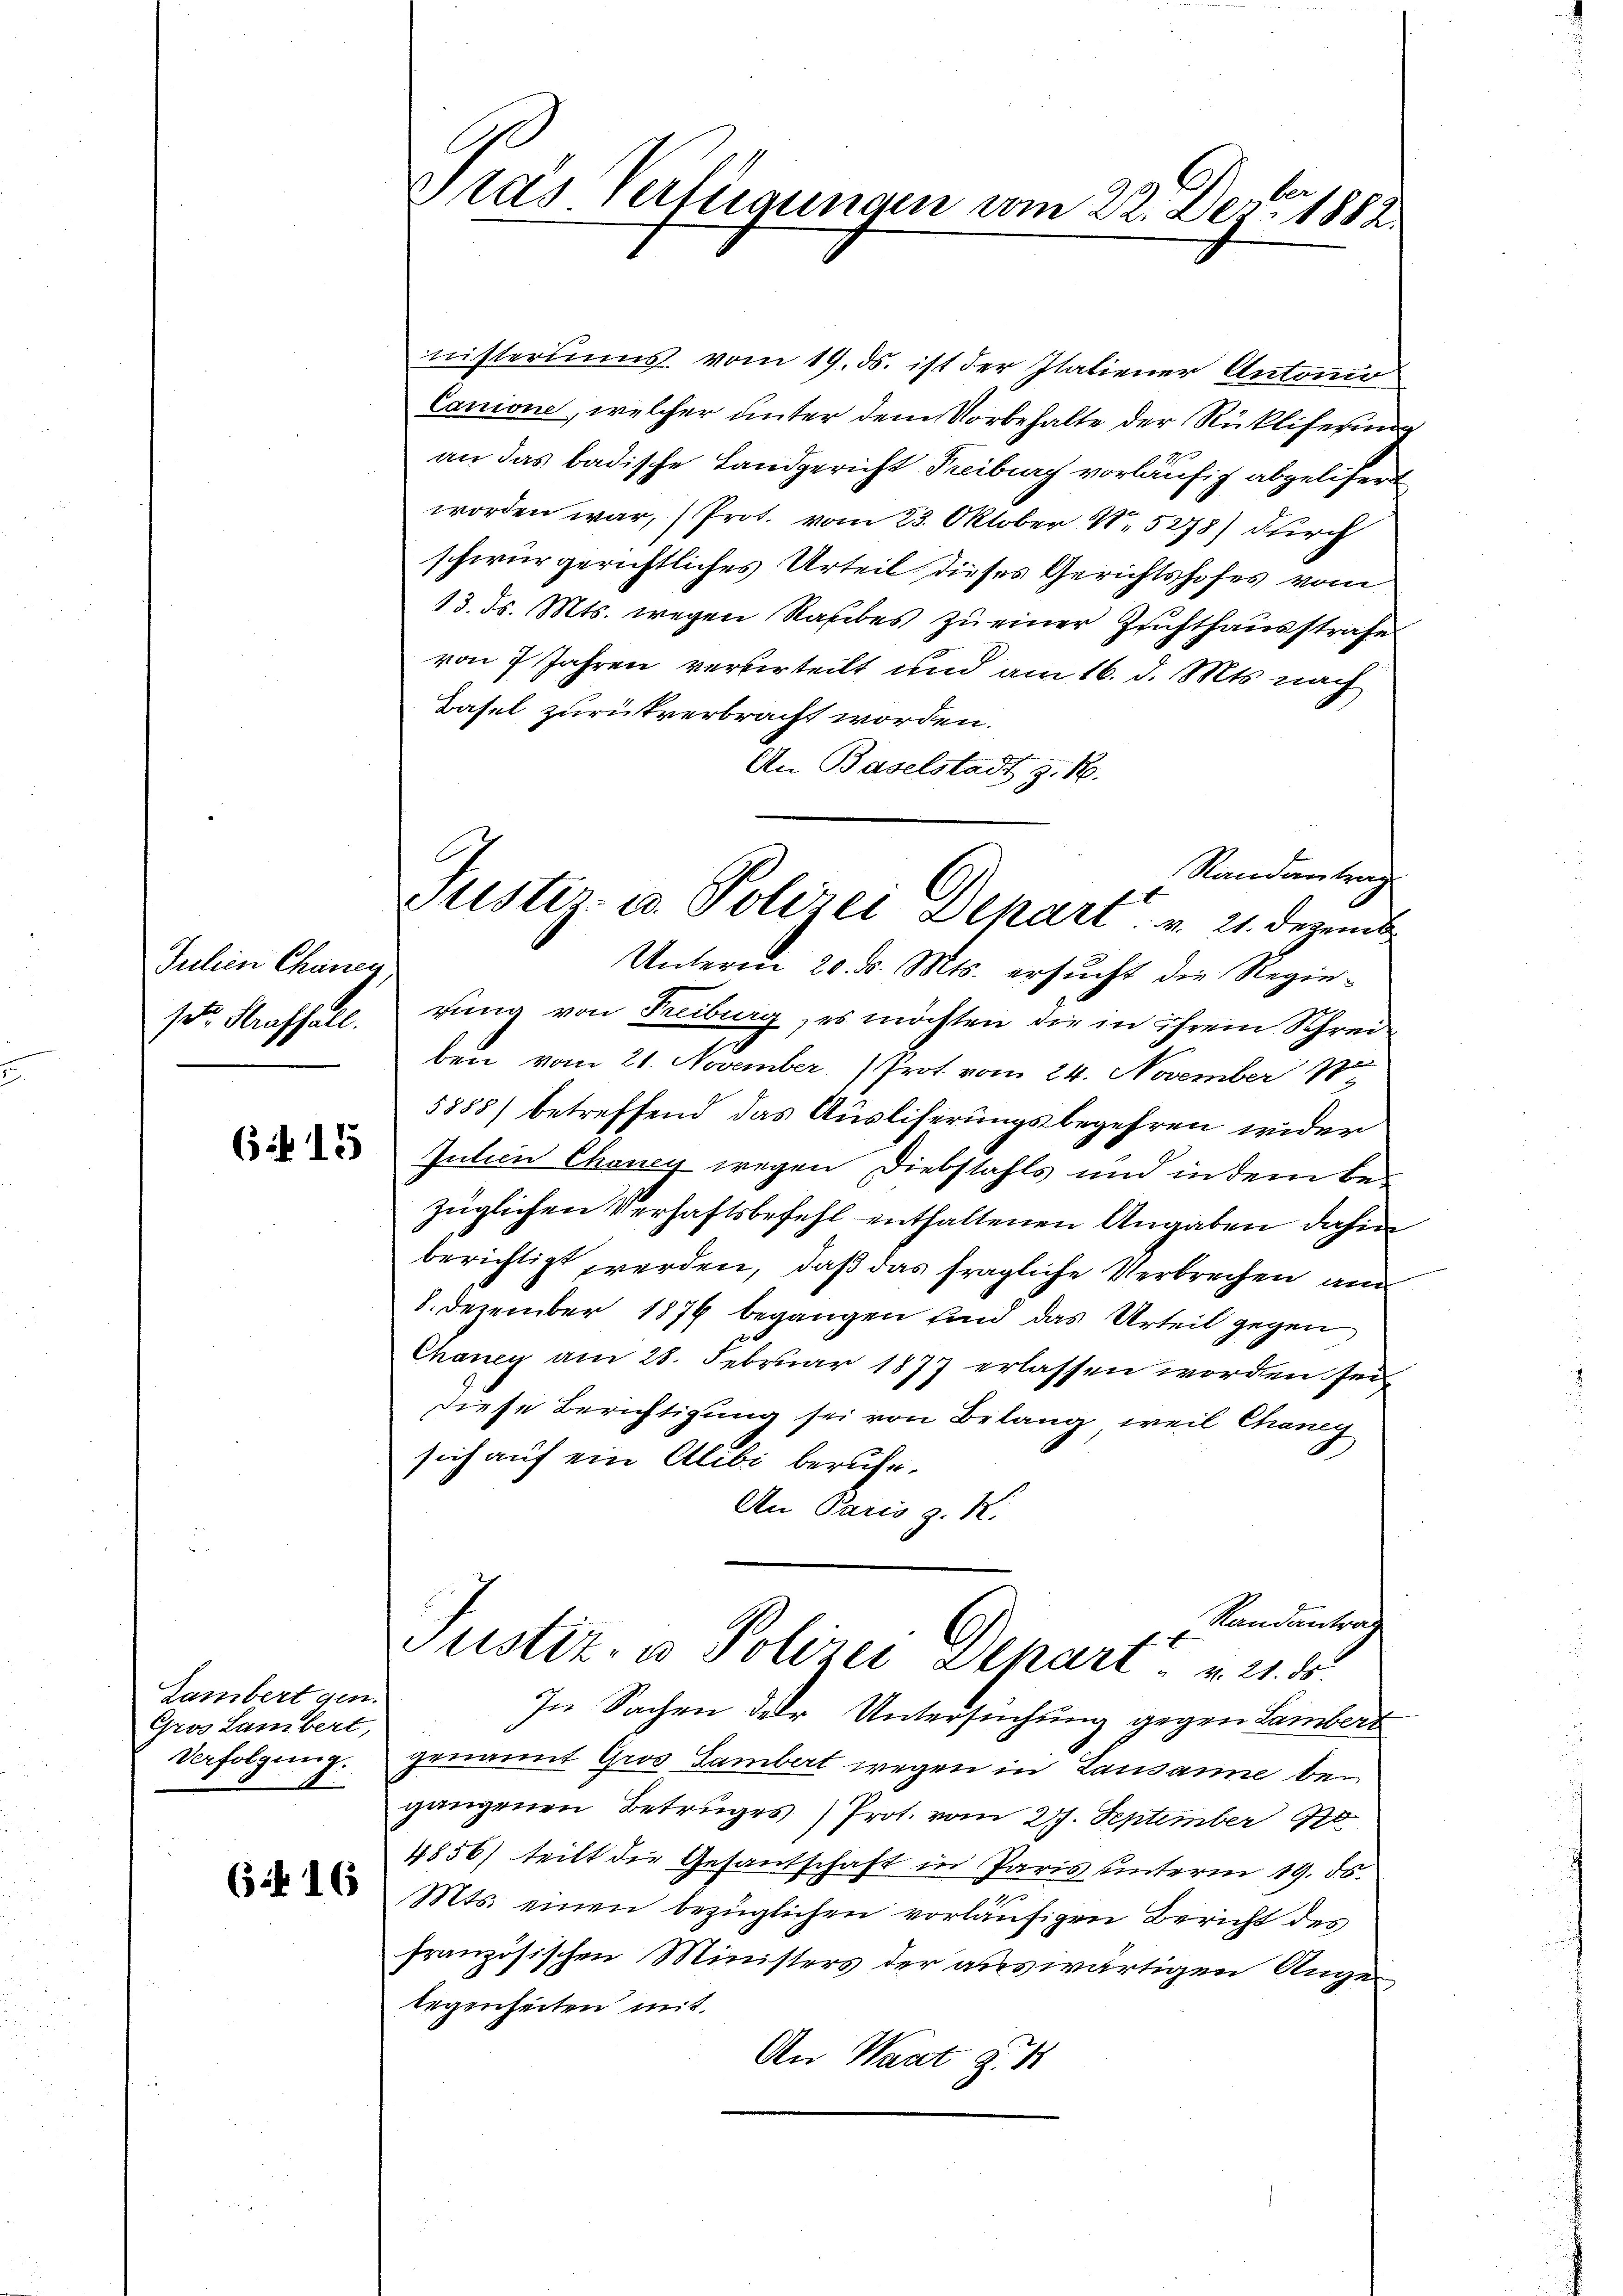
Julien Chanen
ste Straffall.

(i 15

Zambert gen.
Gros Lambert,
Verfolgung.

6416

Fras Vertraungen vom 22. Dez. 1882

nisteriums vom 19. ds. ist der Ilatiener Antonio
Canone, welcher unter dem Vorbehalte der Rückliferung
an das badische Landgericht Freiburg vorläufig abgelisert
worden war, (Prot. vom 23. Oktober N. 5278) durch
schwurgerichtliches Urteil dieses Gerichtshofes vom
13. ds. Mts. wegen Raubes zu einer Zuchthausstrafe
von 7 Jahren verkerteilt und am 16. d. Mts. nach
Basel zurückverbracht worden.
An Baselstadt z. B.
Unterm 20. d. Mts. ersucht die Regierung von Freiburg, es möchten die in ihrem Schreiben vom 21. November Prot vom 24. November 18
5885) betreffend das Ausliferungsbegehren wider
Zutien Choney wegen Diebstahls und in dem bezüglichen Verhaftsbefehl enthaltenen Angaben dahin
berichtigt werden, daß das fragliche Verbrechen an
8. Dezember 1876 begangen und das Urteil gegen
Chancy am 28. Februar 1877 erlassen worden sei
diese Berichtigung sei von Belang, weil Chang
sich auf ein Alibi berufe.
An Paris z. K.
Randantrag
Justiz- u Polizei Alkart u. 21. ds.
In Sachen der Untersuchung gegen Lambert
genannt Gros Lambert wegen in Lausanne begangenen Betruges Prot. vom 27. September 10
4856) teilt die Gesantschaft in Paris unterm 19. ds.
Mts. einen bezüglichen vorläufigen Bericht des
französischen Ministers der auswärtigen Angelegenheiten mit
An Waat z. 1

Randantrag
Justiz- u. Polizei Depart v. 21. Dezembe